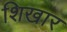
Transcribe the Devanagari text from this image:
शिखार